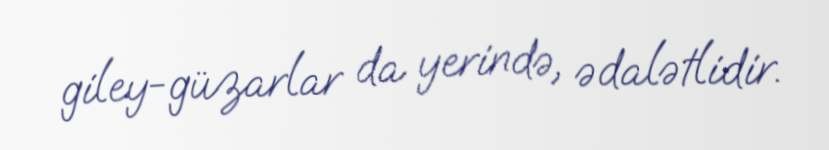
giley-güzarlar da yerində, ədalətlidir.